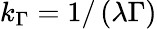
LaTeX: k_{\Gamma}=1/\left(\lambda\Gamma\right)